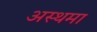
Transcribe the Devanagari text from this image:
अस्‍थमा